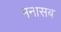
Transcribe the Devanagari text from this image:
मनासब